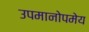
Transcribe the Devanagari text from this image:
उपमानोपमेय